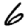
Digit: 6